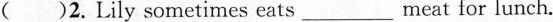
()2.Lily sometimes eats___meat for lunch.